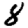
Digit: 8